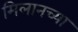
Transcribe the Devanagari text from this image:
मिलानच्या